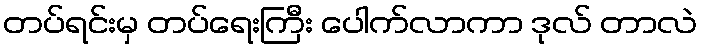
တပ်ရင်းမှ တပ်ရေးကြီး ပေါက်လာကာ ဒုလ် တာလဲ